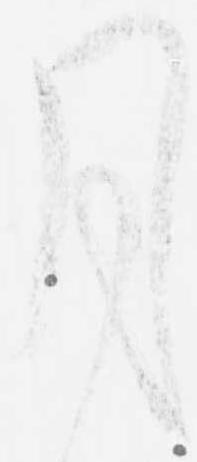
月